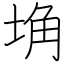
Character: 埆